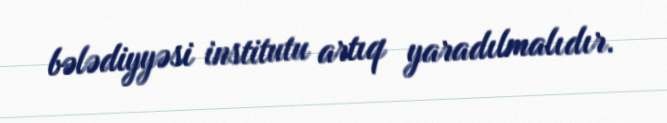
bələdiyyəsi institutu artıq yaradılmalıdır.